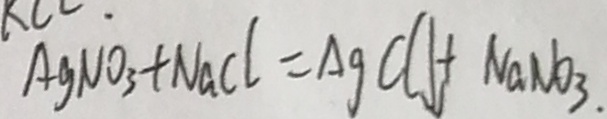
A g N O _ { 3 } + N a C l = A g C l \downarrow + N a N O _ { 3 } .